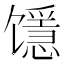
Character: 𱄉